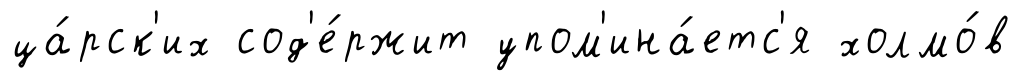
ца́рск'их сод'е́ржит упом'ина́етс'я холмо́в